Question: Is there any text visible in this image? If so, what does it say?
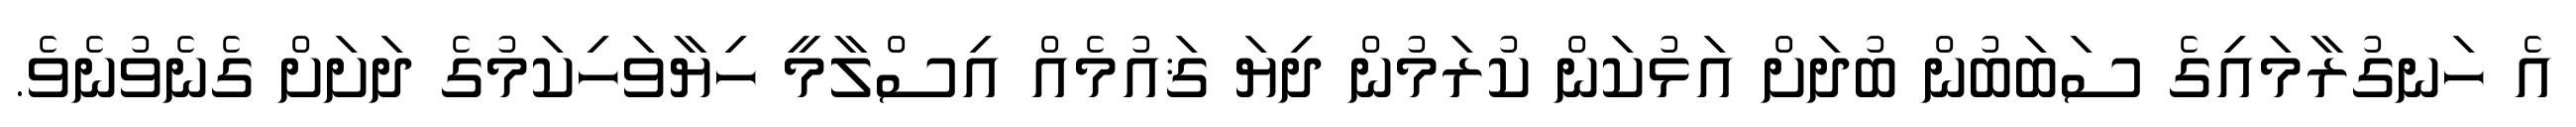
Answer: އެ ހަނގުރާމައިގެ ސަބަބުން ބުދަށް އަޅުކަން ކުރަމުން ދިޔަ ޤައުމެއް އިސްލާމީ ހިޔާވަހިކަމުގެ ދަށަށް ގެނެވުނެވެ.